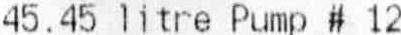
45.45 LITRE PUMP # 12